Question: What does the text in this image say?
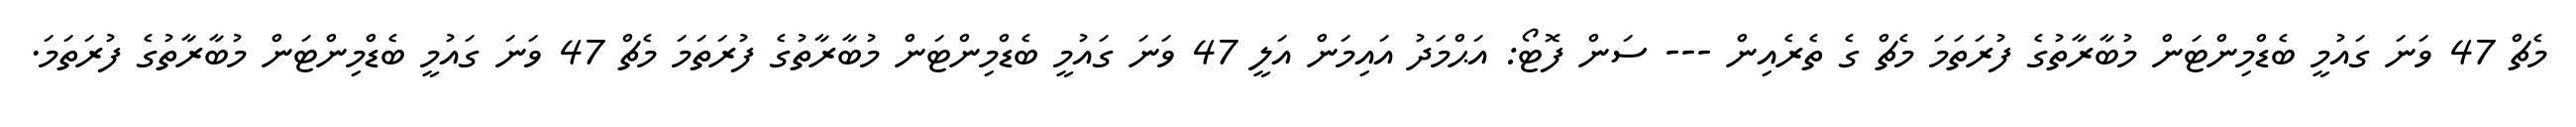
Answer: މެޗް 47 ވަނަ ގައުމީ ބެޑްމިންޓަން މުބާރާތުގެ ފުރަތަމަ މެޗް ގެ ތެރެއިން --- ސަން ފޮޓޯ: އަޙްމަދު އައިމަން އަލީ 47 ވަނަ ގައުމީ ބެޑްމިންޓަން މުބާރާތުގެ ފުރަތަމަ މެޗް 47 ވަނަ ގައުމީ ބެޑްމިންޓަން މުބާރާތުގެ ފުރަތަމަ.